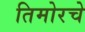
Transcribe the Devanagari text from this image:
तिमोरचे